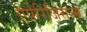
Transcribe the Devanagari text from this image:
ऐपेरिजिसज्म़